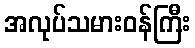
အလုပ်သမားဝန်ကြီး